Indian Civil Veterinary Department memoirs
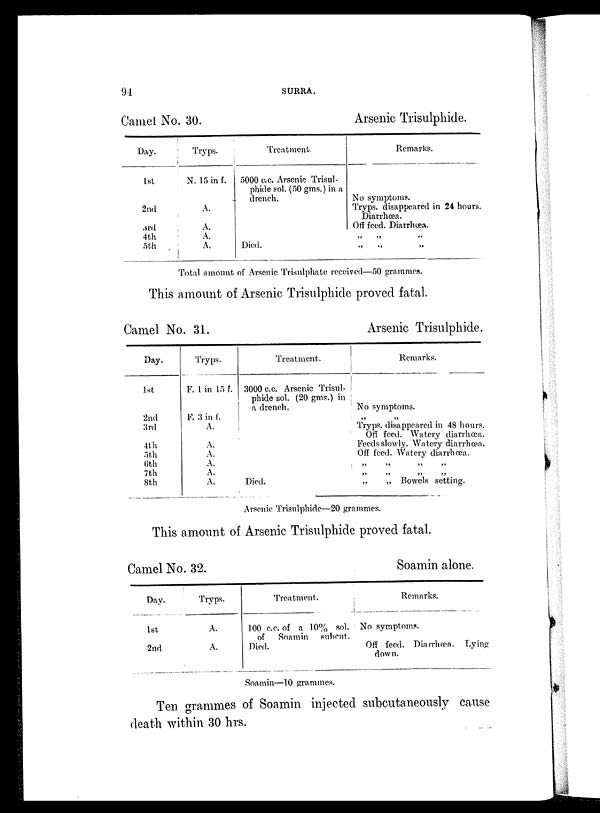
94
SURRA.
Camel No. 30.
Day.
1st
2nd
3rd
4th
5th
Tryps.
N. 15 in f.
A.
A.
A.
A.
Treatment.
5000 c.c. Arsenic Trisul-
phide sol. (50 gms.) in a
drench.
Died.
Arsenic Trisulphide.
Remarks.
No symptoms.
Tryps. disappeared in 24 hours.
Diarrhœa.
Off feed. Diarrhœa.
„ „ „
„ „ „
Total amount of Arsenic Trisulphate received—50 grammes.
This amount of Arsenic Trisulphide proved fatal.
Camel No. 31.
Day.
1st
2nd
3rd
4th
5th
6th
7th
8th
Tryps.
F. 1 in 15 f.
F. 3 in f.
A.
A.
A.
A.
A.
A.
Treatment.
3000 c.c. Arsenic Trisul-
phide sol. (20 gms.) in
a drench.
Died.
Arsenic Trisulphide.
Remarks.
No symptoms.
Tryps. disappeared in 48 hours.
Off feed. Watery diarrhœa.
Feeds slowly. Watery diarrhœa.
Off feed. Watery diarrhœa.
„ „ „ „
„ „ „ „
„
„ Bowels setting.
Arsenic Trisulphide—20 grammes.
This amount of Arsenic Trisulphide proved fatal.
Camel No. 32.
Day.
1st
2nd
Tryps.
A.
A.
Treatment.
100 c.c. of a 10% sol.
of
Soamin
subcut.
Died.
Soamin alone.
Remarks.
No symptoms.
Off feed. Diarrhœa. Lying
down.
Soamin—10 grammes.
Ten grammes of Soamin injected subcutaneously cause
death within 30 hrs.